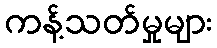
ကန့်သတ်မှုများ